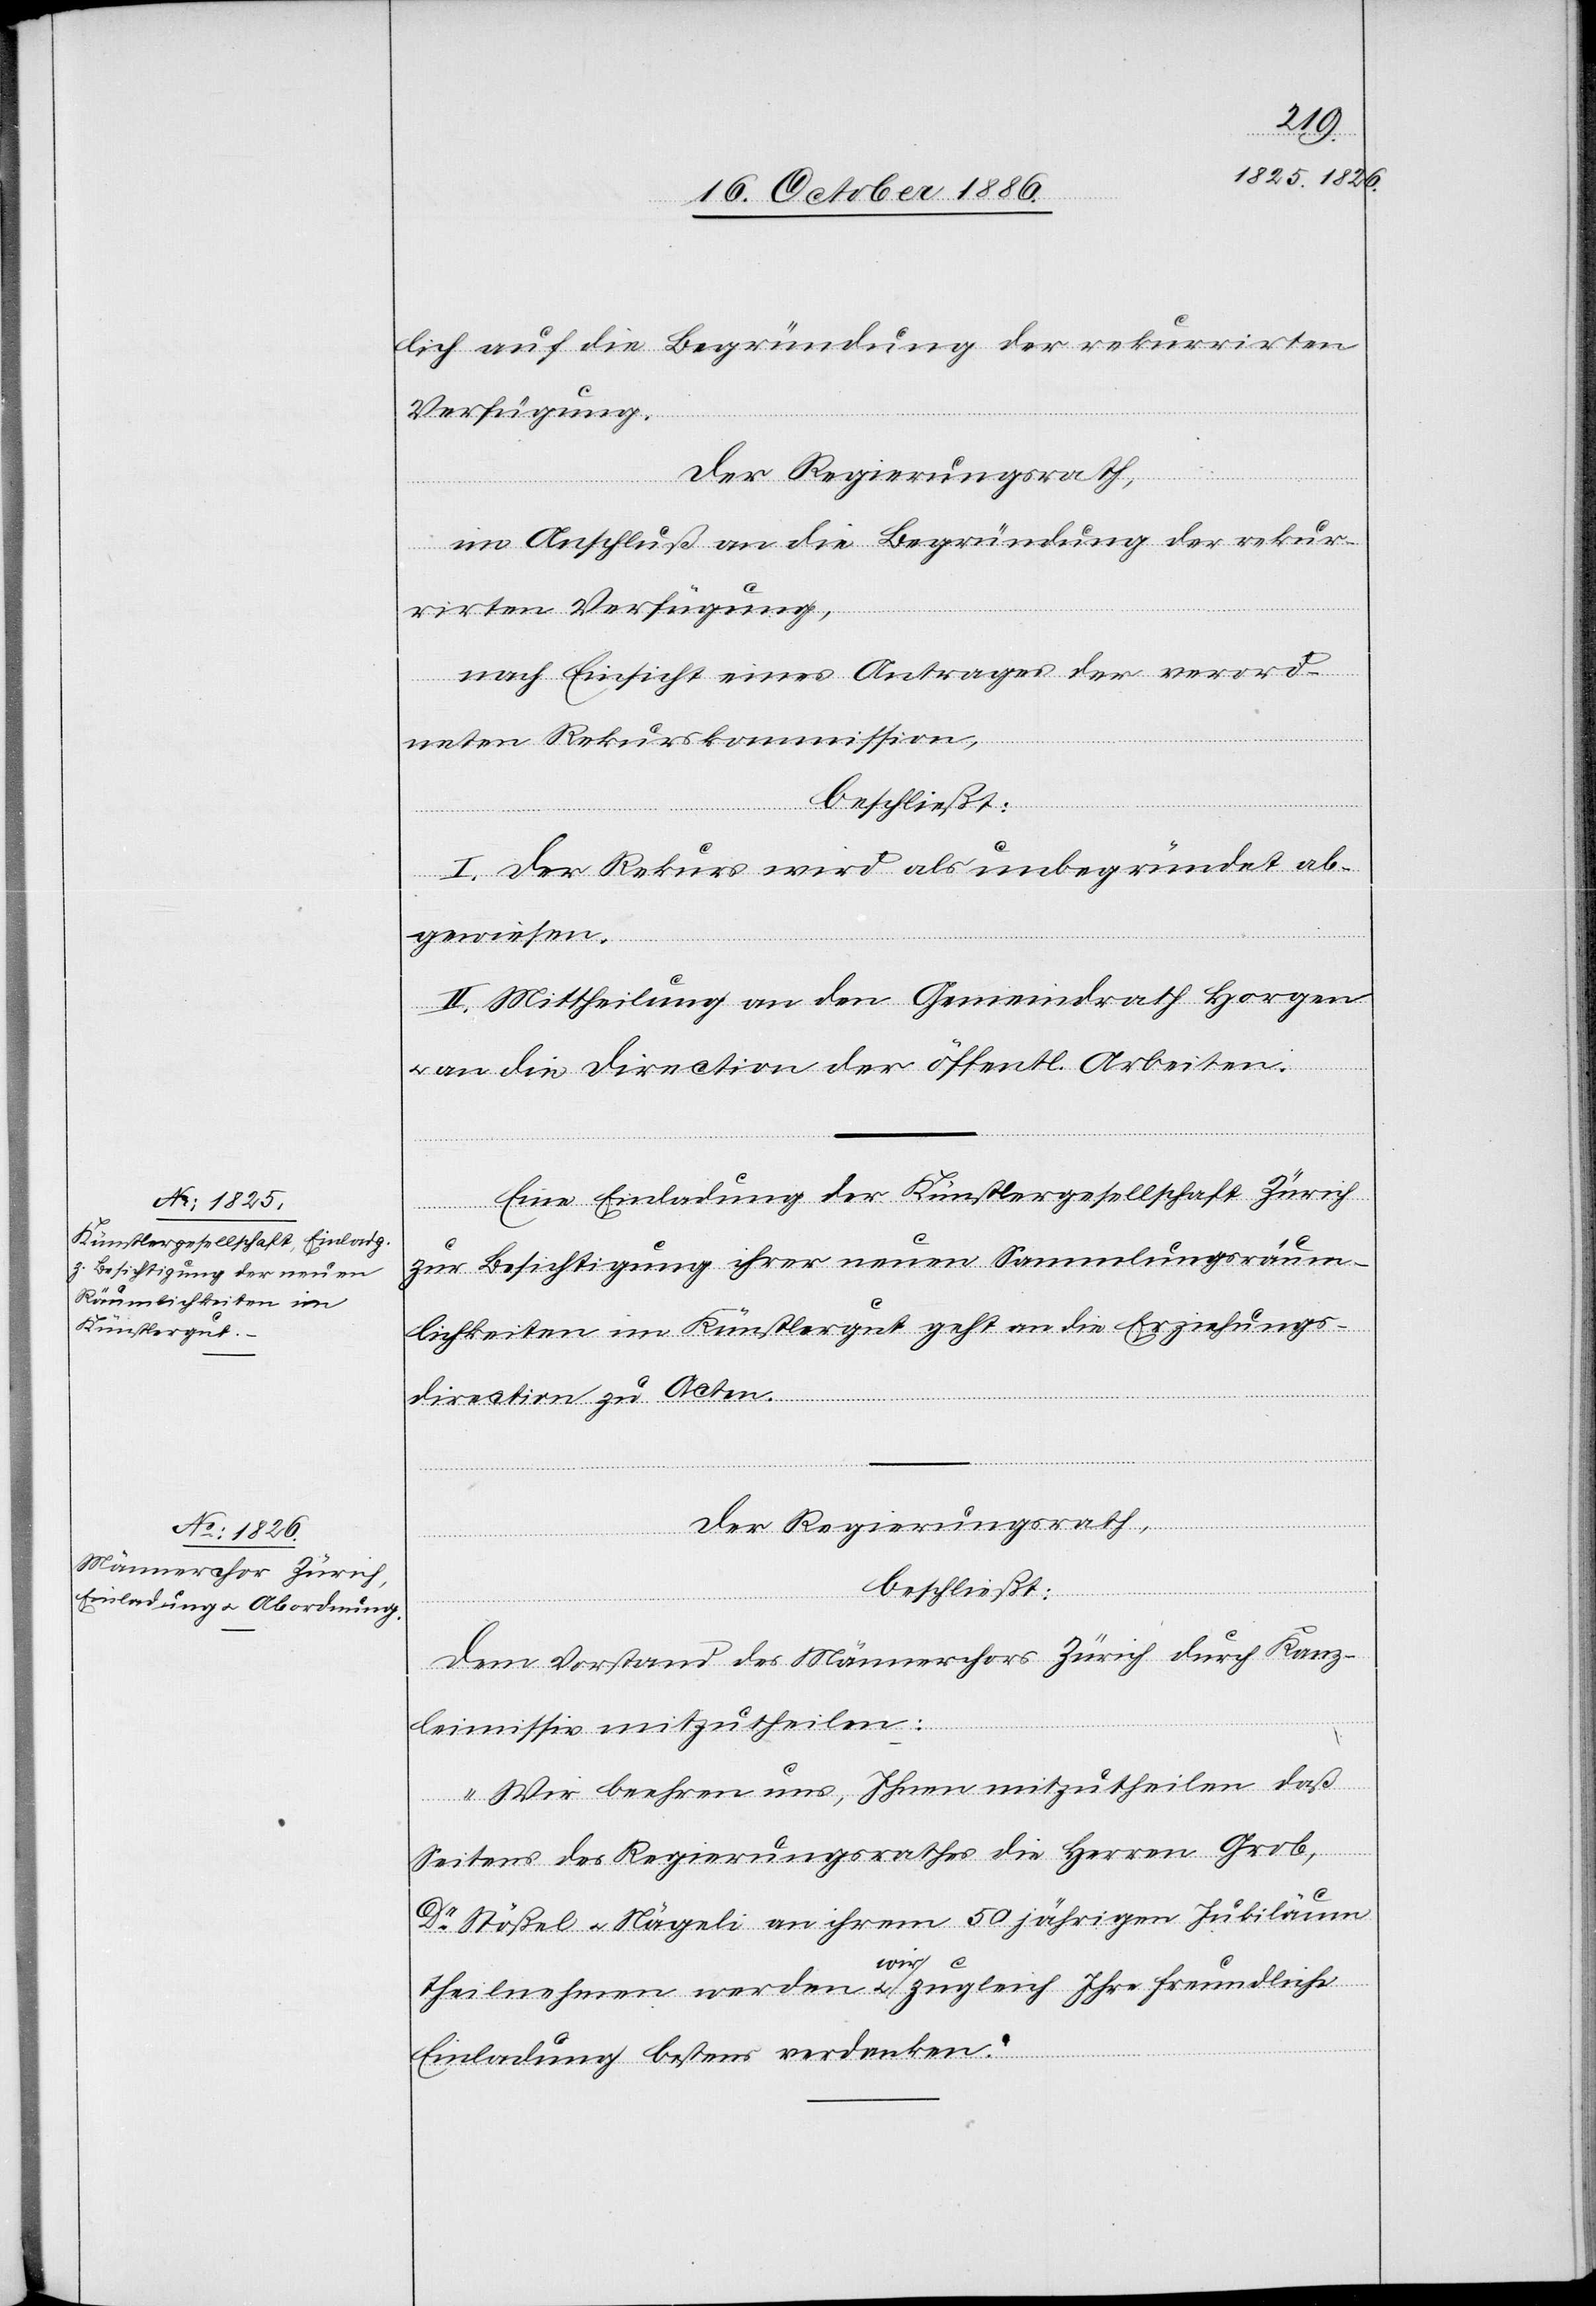
lich auf die Begründung der rekurrirten
Verfügung.
Der Regierungsrath,
im Anschluß an die Begründung der rekur¬
rirten Verfügung,
nach Einsicht eines Antrages der verord¬
neten Rekurskommission,
beschließt:
I. Der Rekurs wird als unbegründet ab¬
gewiesen.
II. Mittheilung an den Gemeindrath Horgen
an die Direction der öffentl. Arbeiten.
Eine Einladung der Künstlergesellschaft Zürich
zur Besichtigung ihrer neuen Sammlungsräum¬
lichkeiten im Künstlergut geht an die Erziehungs¬
direction zu Acten.
Der Regierungsrath,
beschließt:
Dem Vorstand des Männerchors Zürich durch Kanz¬
leimissiv mitzutheilen:
„Wir beehren uns, Ihnen mitzutheilen daß
Seitens des Regierungsrathes die Herren Grob,
Dr Stößel & Nägeli an ihrem 50jährigen Jubiläum
theilnehmen werden & wir zugleich Ihre freundliche
Einladung bestens verdanken.“